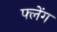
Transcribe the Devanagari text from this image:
फ्लेंग